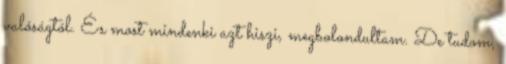
valóságtól. És most mindenki azt hiszi, megbolondultam. De tudom,